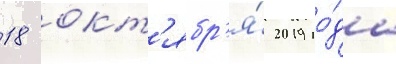
18 окт'ябр'я́ 2019 го́да